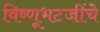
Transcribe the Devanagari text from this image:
विष्णूभटजींचे